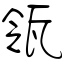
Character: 瓴